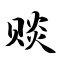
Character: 赕